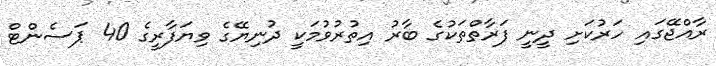
ރާއްޖޭގައި ހަރުކަށި ދީނީ ފަރާތްތަކުގެ ބާރު އިތުރުވުމަކީ ދުނިޔޭގެ ވިޔަފާރީގެ 40 ޕަސެންޓް